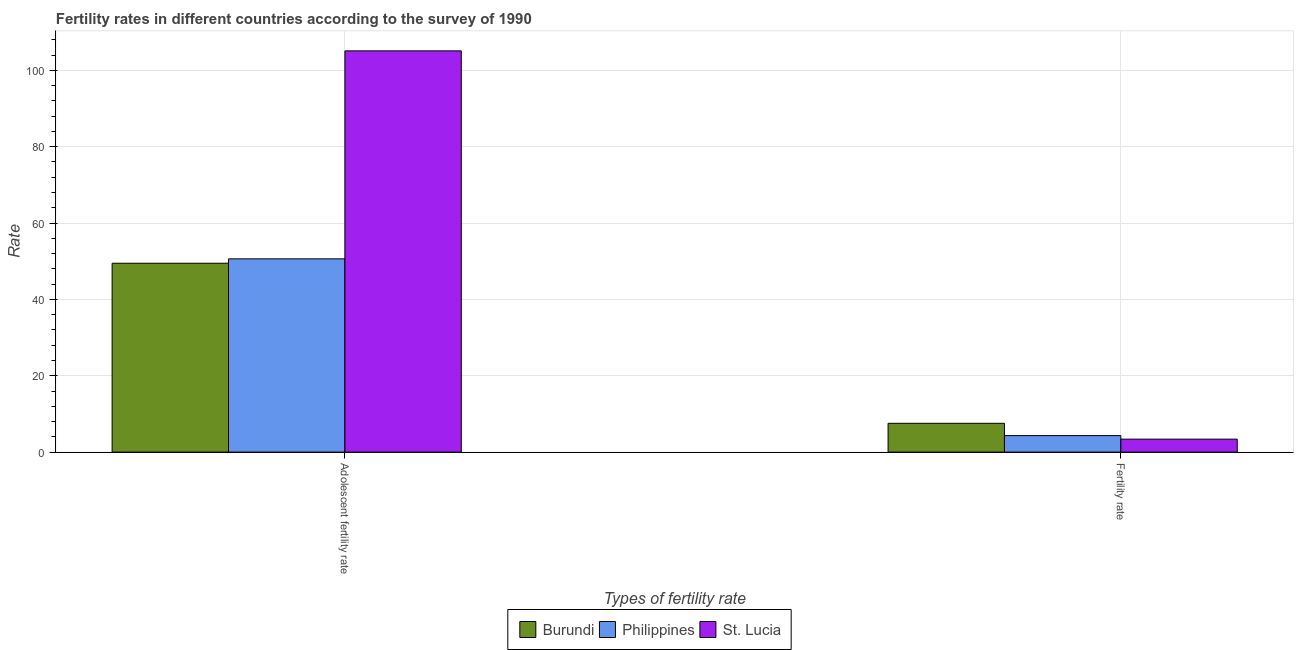
| Types of fertility rate | Burundi | Philippines | St. Lucia |
 | --- | --- | --- | --- |
 | Adolescent fertility rate | 49.5 | 50.6 | 105 |
 | Fertility rate | 7.54 | 4.32 | 3.4 |